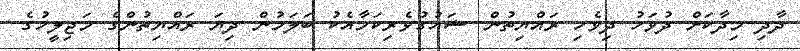
ދާދި މިދާކަށް ދުވަހު ދިވެހި ރައްޔިތުން ޝައުގުވެރިކަމާއެކު ބަލަމުން ދިޔަ ރައްޔިތުންގެ މަޖިލީހުގެ